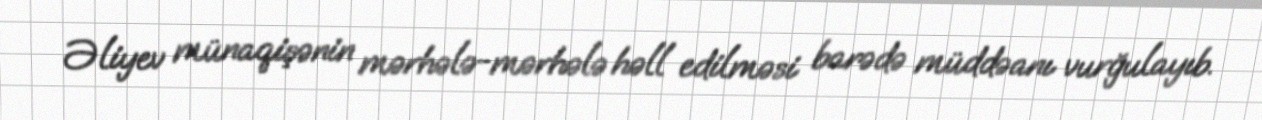
Əliyev münaqişənin mərhələ-mərhələ həll edilməsi barədə müddəanı vurğulayıb.